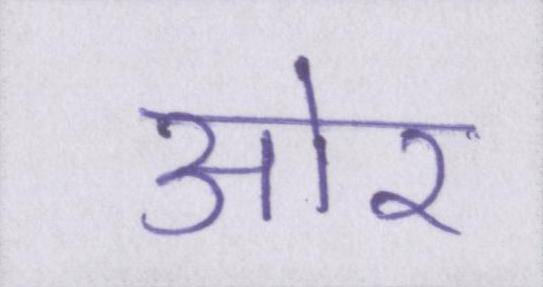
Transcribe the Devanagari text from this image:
आ॓र